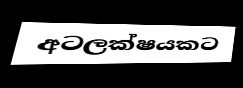
අටලක්ෂයකට